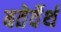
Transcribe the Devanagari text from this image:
बतेर्वेर्थ